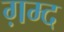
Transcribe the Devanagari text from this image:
ग़म्द